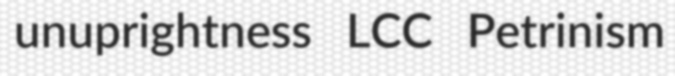
unuprightness LCC Petrinism